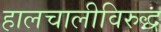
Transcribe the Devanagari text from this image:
हालचालीविरुद्ध